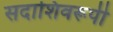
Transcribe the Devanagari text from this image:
सदाशिवरूपी